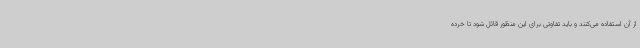
از آن استفاده می‌کنند و باید تفاوتی برای این منظور قائل شود تا خرده